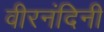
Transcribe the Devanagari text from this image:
वीरनंदिनी